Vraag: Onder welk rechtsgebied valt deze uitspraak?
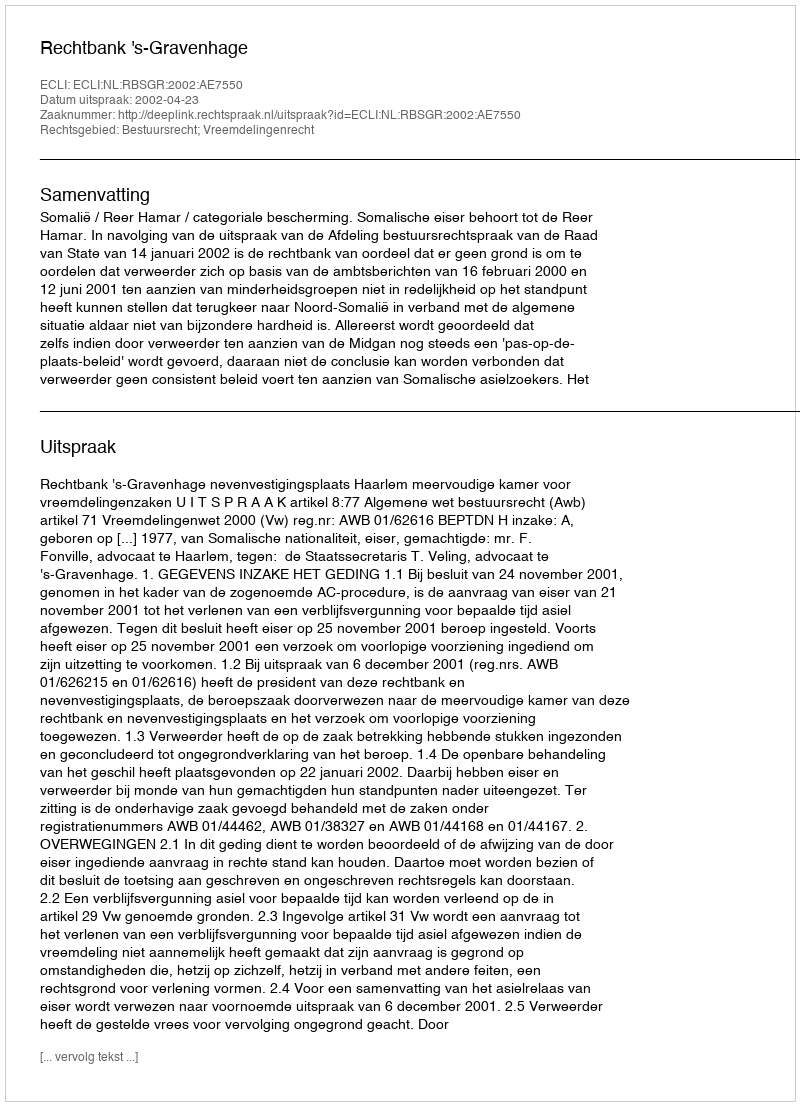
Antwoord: Bestuursrecht; Vreemdelingenrecht